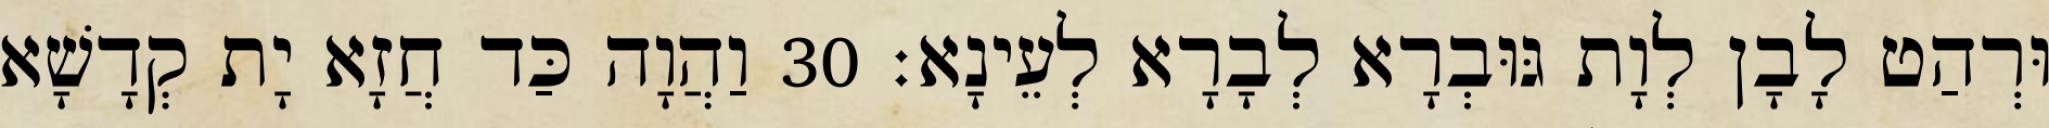
וּרְהַט לָבָן לְוָת גּוּבְרָא לְבָרָא לְעֵינָא׃ 30 וַהֲוָה כַּד חֲזָא יָת קְדָשָׁא